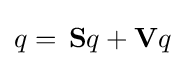
q=\,\mathbf {S} q+\mathbf {V} q